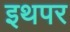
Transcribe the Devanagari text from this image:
इथपर